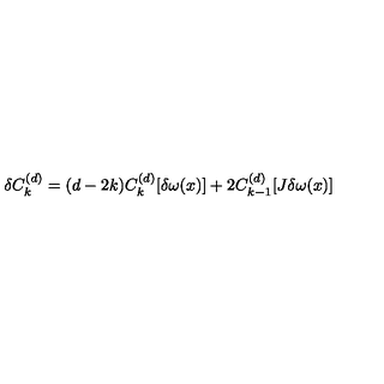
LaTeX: \delta C _ { k } ^ { ( d ) } = ( d - 2 k ) C _ { k } ^ { ( d ) } [ \delta \omega ( x ) ] + 2 C _ { k - 1 } ^ { ( d ) } [ J \delta \omega ( x ) ]